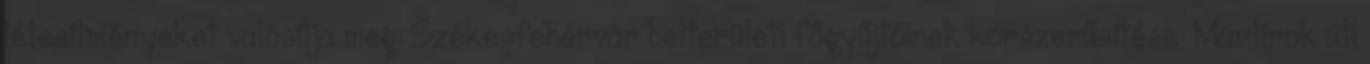
létesítményeket valósítja meg: Székesfehérvár belterületi főgyűjtőinek korszerűsítése: Mártírok úti